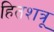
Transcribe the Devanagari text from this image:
हितशत्रू